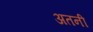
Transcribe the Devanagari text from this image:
अतनी